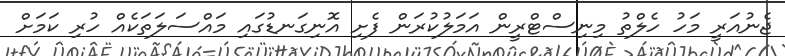
ޖެނުއަރީ މަހު ހެލްތު މިނިސްޓްރީން އަމަލުކުރަން ފެށި އޮނިގަނޑުގައި މައްސަލަތަކެއް ހުރި ކަމަށް